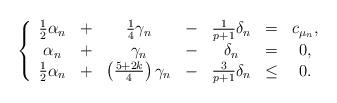
LaTeX: \begin{align*}\left\{\begin{array}{ccccccc} \frac{1}{2}\alpha_n&+&\frac{1}{4}\gamma_n &-&\frac{1}{p+1}\delta_n &=&c_{\mu_n}, \\ \alpha_n&+&\gamma_n &-&\delta_n &=&0, \\ \frac{1}{2}\alpha_n &+&\left(\frac{5+2k}{4}\right)\gamma_n &-&\frac{3}{p+1}\delta_n &\leq&0.\end{array}\right.\end{align*}